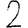
Digit: 2